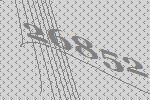
26852